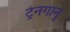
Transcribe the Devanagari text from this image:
ट्रेनगानु